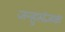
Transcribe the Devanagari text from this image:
जन्हुसंज्ञकं